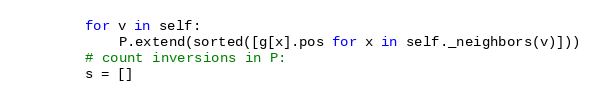
Language: Python
        for v in self:
            P.extend(sorted([g[x].pos for x in self._neighbors(v)]))
        # count inversions in P:
        s = []